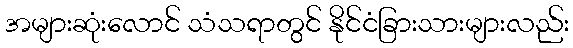
အများဆုံးလောင် သံသရာတွင် နိုင်ငံခြားသားများလည်း